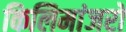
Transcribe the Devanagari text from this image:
किलिमांजरो